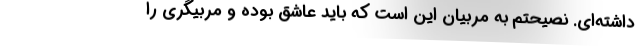
داشته‌ای. نصیحتم به مربیان این است که باید عاشق بوده و مربیگری را